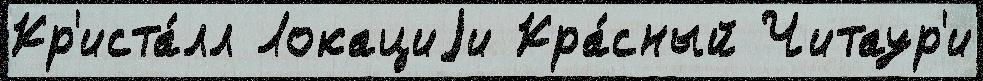
Кр'иста́лл Локациjи Кра́сный Читаур'и